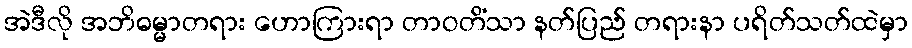
အဲဒီလို အဘိဓမ္မာတရား ဟောကြားရာ တာဝတိံသာ နတ်ပြည် တရားနာ ပရိတ်သတ်ထဲမှာ